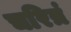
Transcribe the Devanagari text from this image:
चरित्रं